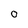
Character: 0